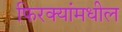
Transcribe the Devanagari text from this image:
फिरक्यांमधील